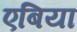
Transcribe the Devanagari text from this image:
एबिया